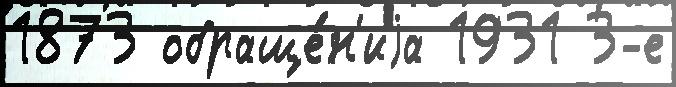
1873 обраще́н'иjа 1931 3-е